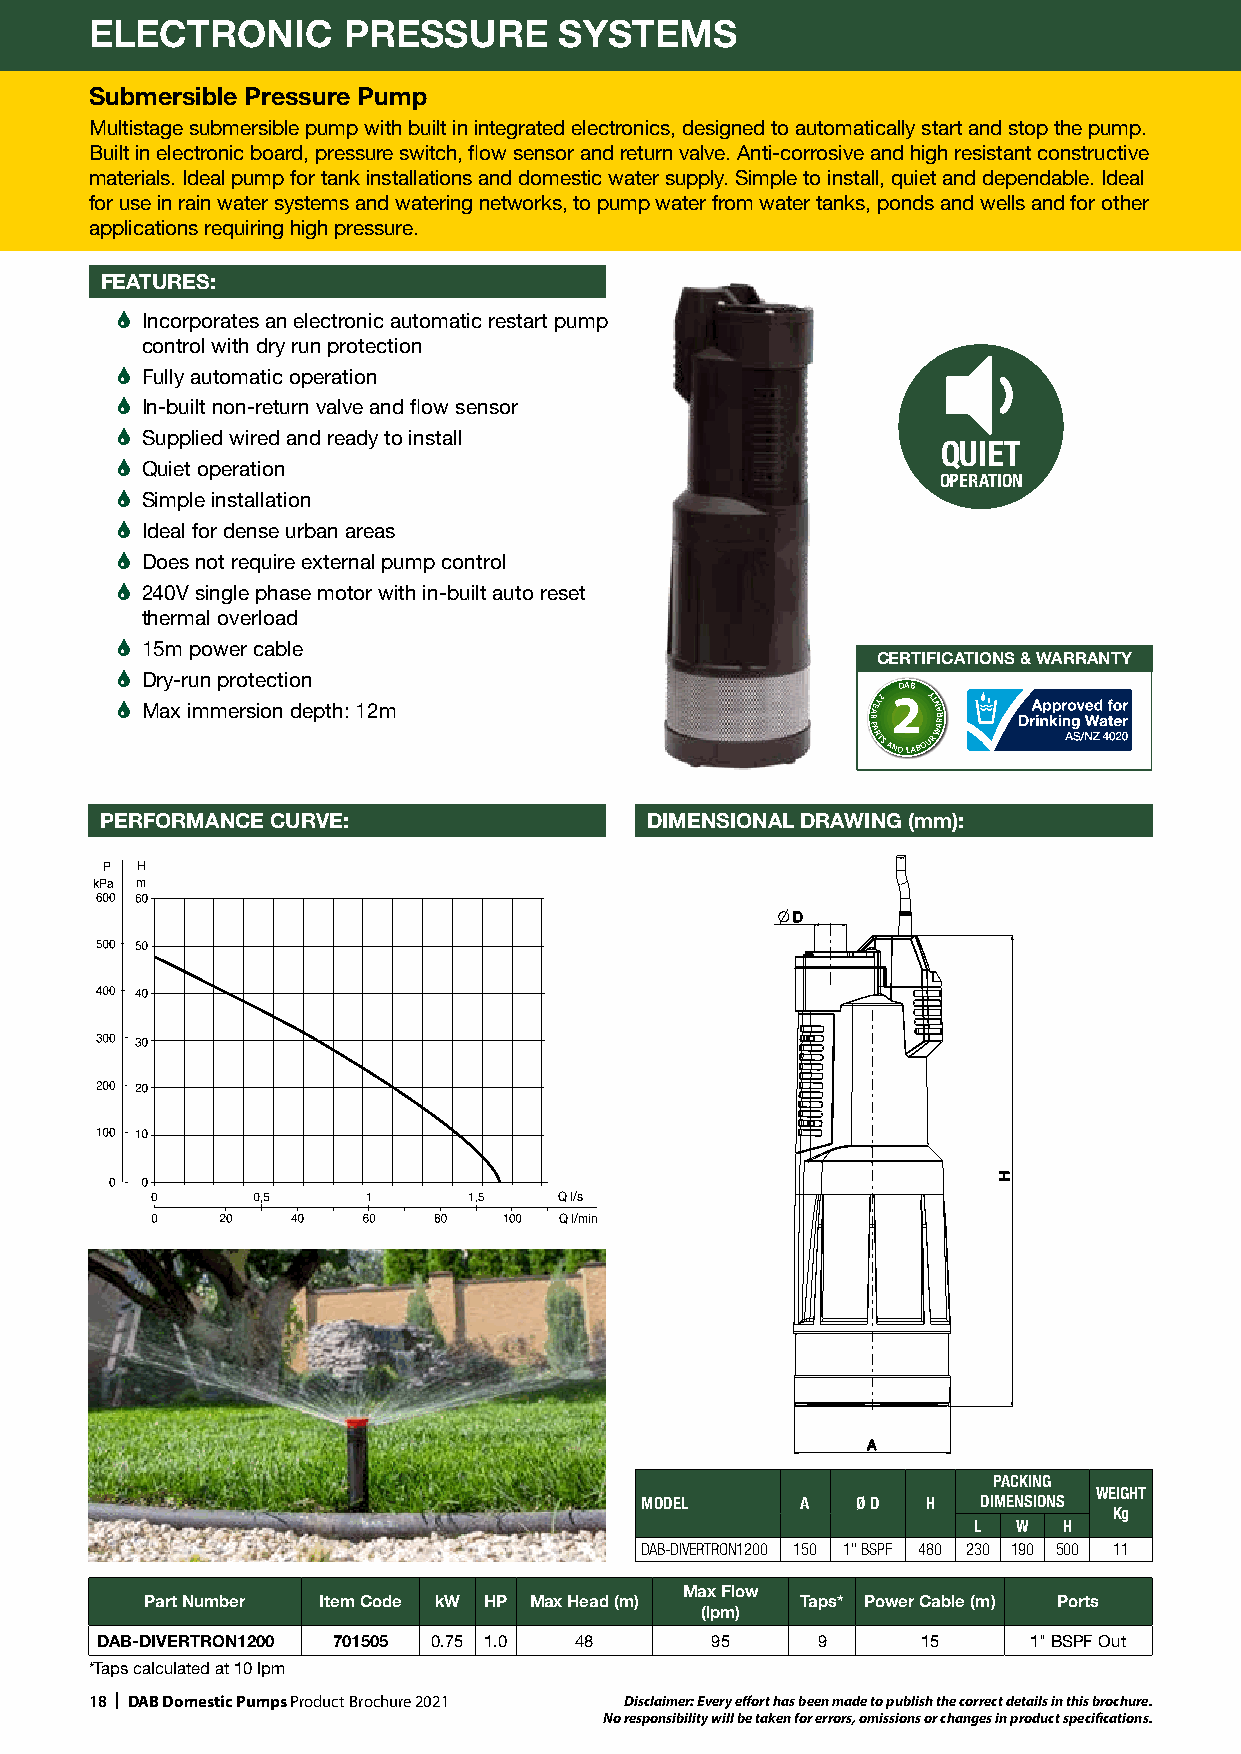
ELECTRONIC       PRESSURE      SYSTEMS
 Submersible Pressure Pump
 Multistage submersible pump with built in integrated electronics, designed to automatically start and stop the pump.
 Built in electronic board, pressure switch, flow sensor and return valve. Anti-corrosive and high resistant constructive
 materials. Ideal pump for tank installations and domestic water supply. Simple to install, quiet and dependable. Ideal
 for use in rain water systems and watering networks, to pump water from water tanks, ponds and wells and for other
 applications requiring high pressure.
 FEATURES:
 � Incorporates an electronic automatic restart pump
 control with dry run protection
 � Fully automatic operation
 � In-built non-return valve and flow sensor
 � Supplied wired and ready to install
 QUIET
 � Quiet operation
 OPERATION
 � Simple installation
 � Ideal for dense urban areas
 � Does not require external pump control
 � 240V single phase motor with in-built auto reset
 thermal overload
 � 15m power cable
 CERTIFICATIONS & WARRANTY
 � Dry-run protection
 DAB
 � Max immersion depth: 12m                        R PA
 A
 E RY
 T
 S2 AN2
 D LA
 BOY UT
 R
 NA WARR
 PERFORMANCE CURVE:                  DIMENSIONAL DRAWING (mm):
 P H
 kPa m
 Q l/s
 Q l/min
 PACKING
 WEIGHT
 MODEL      A   Ø D H   DIMENSIONS
 Kg
 L  W  H
 DAB-DIVERTRON1200 150 1" BSPF 480 230 190 500 11
 Max Flow
 Part Number Item Code kW HP Max Head (m)   Taps* Power Cable (m) Ports
 (lpm)
 DAB-DIVERTRON1200 701505 0.75 1.0 48     95     9      15     1" BSPF Out
 *Taps calculated at 10 lpm
 18 | DAB Domestic Pumps Product Brochure 2021 Disclaimer: Every effort has been made to publish the correct details in this brochure.
 No responsibility will be taken for errors, omissions or changes in product specifications.